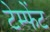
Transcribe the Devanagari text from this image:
टेम्फेंट